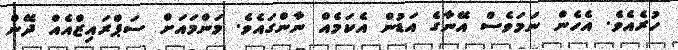
ހުރެއެވެ. އެހެން ނަމަވެސް އޭނާގެ އަޑުން އެކަމެއް ނާންގައެވެ. މަންމައަށް ސަޕްރައިޒްއެއް ދޭން